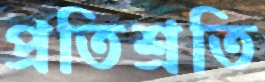
প্রতিশ্রতি